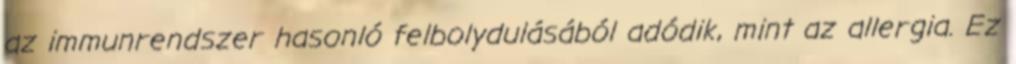
az immunrendszer hasonló felbolydulásából adódik, mint az allergia. Ez